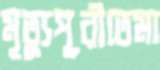
মৃত্যুপূরীতেমা